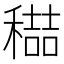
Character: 𮃭